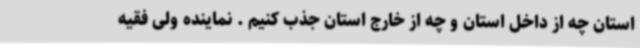
استان چه از داخل استان و چه از خارج استان جذب کنیم . نماینده ولی فقیه